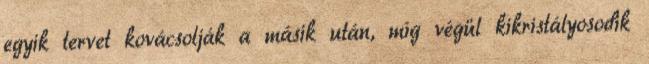
egyik tervet kovácsolják a másik után, míg végül kikristályosodik